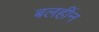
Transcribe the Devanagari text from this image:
बलहींन